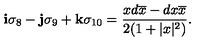
{ \bf i } \sigma _ { 8 } - { \bf j } \sigma _ { 9 } + { \bf k } \sigma _ { 1 0 } = { \frac { x d \overline { { x } } - d { x } \overline { { x } } } { 2 ( 1 + | x | ^ { 2 } ) } } .